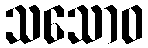
သသောဝ